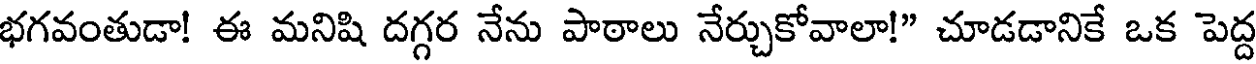
భగవంతుడా! ఈ మనిషి దగ్గర నేను పాఠాలు నేర్చుకోవాలా!" చూడడానికే ఒక పెద్ద